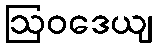
ဩဝဒေယျ